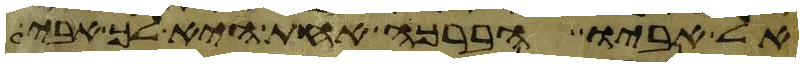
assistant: אל אביו הברכה אחת היא לך אבי